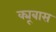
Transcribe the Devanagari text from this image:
क्यूबास